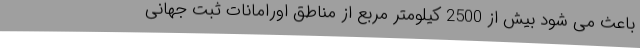
باعث می شود بیش از 2500 کیلومتر مربع از مناطق اورامانات ثبت جهانی